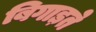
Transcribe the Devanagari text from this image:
बिगाड़ते